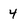
Character: 4